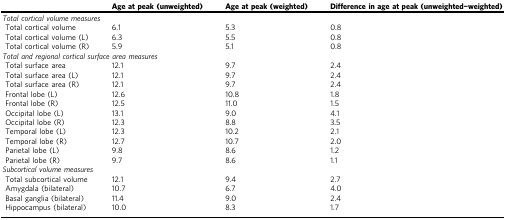
<table><thead><tr><td></td><td><b>Age at peak (unweighted)</b></td><td><b>Age at peak (weighted)</b></td><td><b>Difference in age at peak (unweighted−weighted)</b></td></tr></thead><tbody><tr><td colspan="4"><i>Total cortical volume measures</i></td></tr><tr><td> Total cortical volume</td><td>6.1</td><td>5.3</td><td>0.8</td></tr><tr><td> Total cortical volume (L)</td><td>6.3</td><td>5.5</td><td>0.8</td></tr><tr><td> Total cortical volume (R)</td><td>5.9</td><td>5.1</td><td>0.8</td></tr><tr><td colspan="4"><i>Total and regional cortical surface area measures</i></td></tr><tr><td> Total surface area</td><td>12.1</td><td>9.7</td><td>2.4</td></tr><tr><td> Total surface area (L)</td><td>12.1</td><td>9.7</td><td>2.4</td></tr><tr><td> Total surface area (R)</td><td>12.1</td><td>9.7</td><td>2.4</td></tr><tr><td> Frontal lobe (L)</td><td>12.6</td><td>10.8</td><td>1.8</td></tr><tr><td> Frontal lobe (R)</td><td>12.5</td><td>11.0</td><td>1.5</td></tr><tr><td> Occipital lobe (L)</td><td>13.1</td><td>9.0</td><td>4.1</td></tr><tr><td> Occipital lobe (R)</td><td>12.3</td><td>8.8</td><td>3.5</td></tr><tr><td> Temporal lobe (L)</td><td>12.3</td><td>10.2</td><td>2.1</td></tr><tr><td> Temporal lobe (R)</td><td>12.7</td><td>10.7</td><td>2.0</td></tr><tr><td> Parietal lobe (L)</td><td>9.8</td><td>8.6</td><td>1.2</td></tr><tr><td> Parietal lobe (R)</td><td>9.7</td><td>8.6</td><td>1.1</td></tr><tr><td colspan="4"><i>Subcortical volume measures</i></td></tr><tr><td> Total subcortical volume</td><td>12.1</td><td>9.4</td><td>2.7</td></tr><tr><td> Amygdala (bilateral)</td><td>10.7</td><td>6.7</td><td>4.0</td></tr><tr><td> Basal ganglia (bilateral)</td><td>11.4</td><td>9.0</td><td>2.4</td></tr><tr><td> Hippocampus (bilateral)</td><td>10.0</td><td>8.3</td><td>1.7</td></tr></tbody></table>